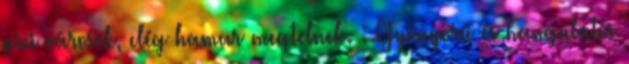
pici városok, elég hamar megtelnek. : Gyönyörű és hangulatos